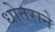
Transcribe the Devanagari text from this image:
धोतराने